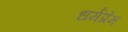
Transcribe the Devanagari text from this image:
धर्मप्रेम